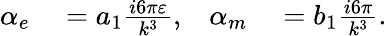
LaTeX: \begin{array}{rlrl}{\alpha_{e}}&{{}=a_{1}\frac{i6\pi\varepsilon}{k^{3}},}&{\alpha_{m}}&{{}=b_{1}\frac{i6\pi}{k^{3}}.}\end{array}